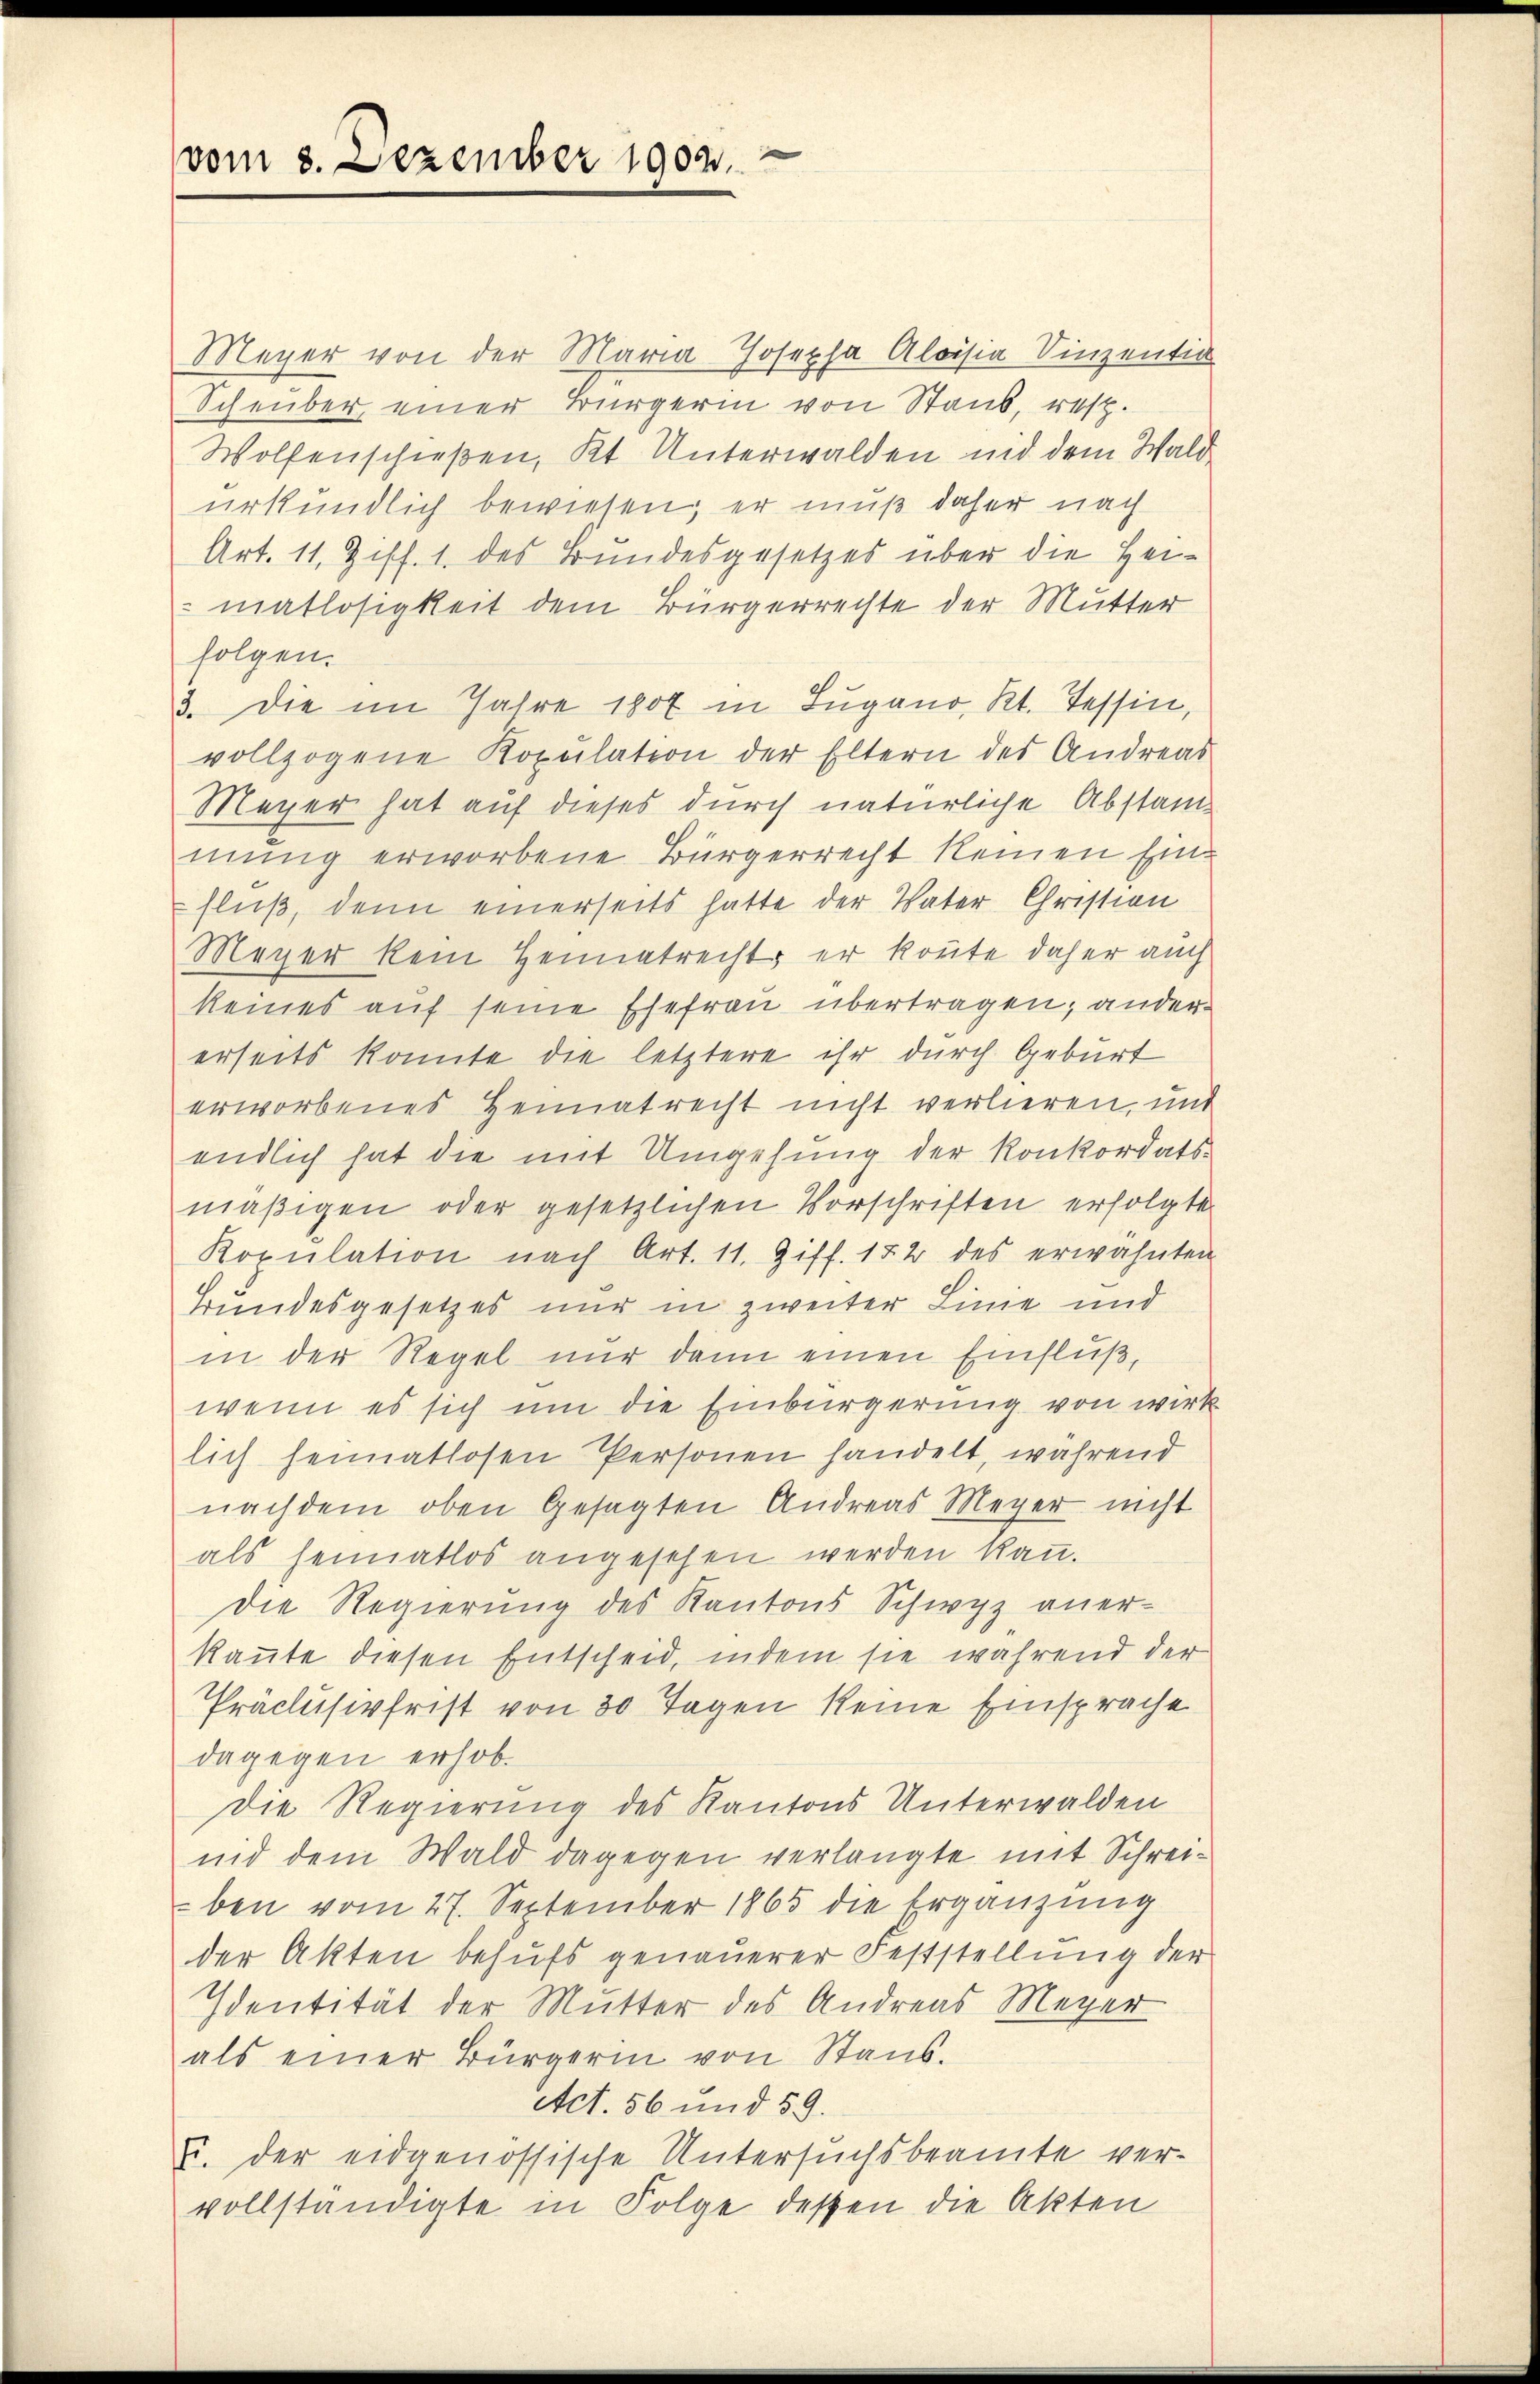
vom 8. Dezember 1902.

Meyer von der Maria Josepha Aloisia Vinzenti
Scheuber, einer Bürgerin von Staub, resp.
Wolfenschießen, Kt. Unterwalden und dem Waldurkundlich bewiesen; er muß daher nach
Art. 11, Ziff. 1. des Bundesgesetzes über die Heimatlosigkeit dem Bürgerrechte der Mutter
folgen.
3. Die im Jahre 1807 in Lugano, Kt. Tessin,
vollzogene Kopulation der Eltern des Andreas
Meyer hat auf dieses durch natürliche Abstanmung erworbene Bürgerrecht keinen Einfluß, denn einerseits hatte der Vater Christian
Meyer kein Heimatrecht, er könnte daher auch
keines auf seine Ehefrau übertragen; andererseits konnte die letztere ihr durch Geburt
erworbenes Heimatrecht nicht verlieren, und
endlich hat die mit Umgehung der Konkordats-
mäßigen oder gesetzlichen Vorschriften erfolgte
Kopulation nach Art. 11. Ziff. 152 des erwähnten
Bundesgesetzes nur in zweiter Linie und
in der Regel nur dann einen Einfluß,
wenn es sich um die Einbürgerung von wirk
lich heimatlosen Personen handelt, während
nachdem oben gesagten Andreas Meyer nicht
als heimatlos angesehen werden kann.
Die Regierung des Kantons Schwyz aner-
kannte diesen Entscheid, indem sie während der
Präclusivfrist von 30 Tagen keine Einsprache
dagegen erhob.
Die Regierung des Kantons Unterwalden
ind dem Wald dagegen verlangte mit Schreiben vom 27. September 1865 die Ergänzung
der Akten behufs genauerer Feststellung der
Identität der Mutter des Andreas Meyer
als einer Bürgerin von Stans.
Act. 56 und 59.
J. der eidgenössische Untersuchsbeamte vervollständigte in Folge dessen die Akten